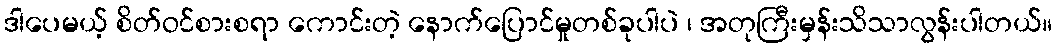
ဒါပေမယ့် စိတ်ဝင်စားစရာ ကောင်းတဲ့ နောက်ပြောင်မှုတစ်ခုပါပဲ ၊ အတုကြီးမှန်းသိသာလွန်းပါတယ်။